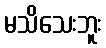
မသိသေးဘူး